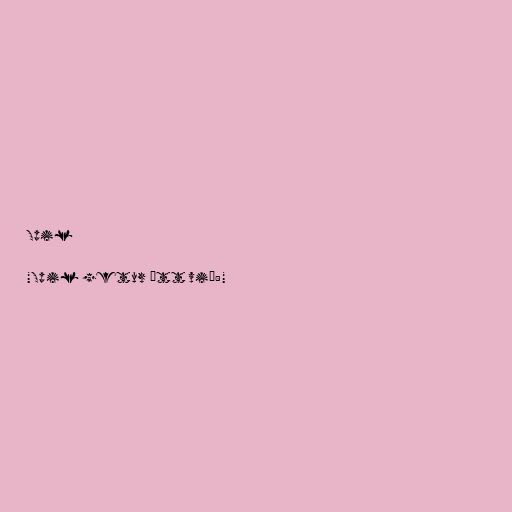
Spil

"Spil getur átt við:"